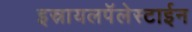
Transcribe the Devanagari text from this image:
इस्रायलपॅलेस्टाईन